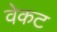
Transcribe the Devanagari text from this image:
वेकट